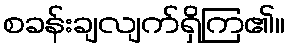
စခန်းချလျက်ရှိကြ၏။